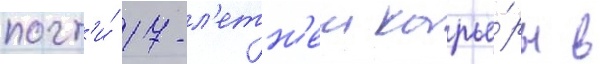
почт'и́ 17-л'етн'еи карье́ры в